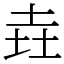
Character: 垚